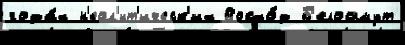
года́х н'еол'ит'ическ'их Восхо́д Б'елоомут